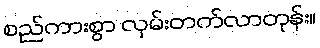
စည်ကားစွာ လှမ်းတက်လာတုန်း။